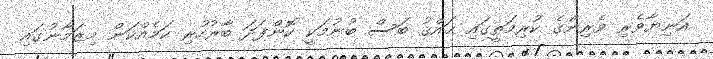
އަނިޔާވެރި ވެރިންގެ ކުރިމަތީގައި ޙައްޤު ބަސް ބުނުމަކީ ކޮންފަދަ ބާރުހުރި ކަމެއްކަން މިޒަމާނުގައި